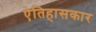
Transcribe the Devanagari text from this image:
ऐतिहासकार